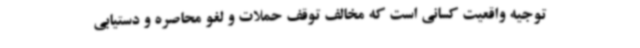
توجیه واقعیت کسانی است که مخالف توقف حملات و لغو محاصره و دستیابی